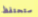
ستحتفظ